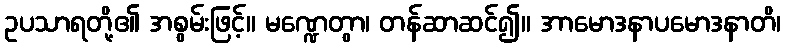
ဥပသာရတို့၏ အစွမ်းဖြင့်။ မဏ္ဍေတွာ၊ တန်ဆာဆင်၍။ အာမောဒနာပမောဒနာတိ၊